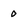
Character: 0